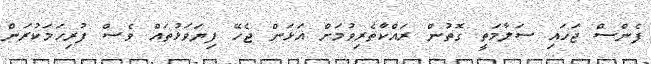
ފެންސް ޖަހައި ސަލާމަތީ ގޮތުން ރައްކާތެރިވުމަށް އަޅަން ޖެހޭ ފިޔަވަޅުތައް ވެސް ފުރިހަމަކުރަން